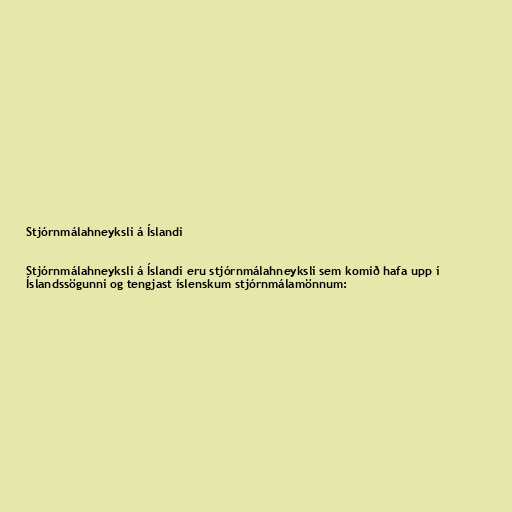
Stjórnmálahneyksli á Íslandi

Stjórnmálahneyksli á Íslandi eru stjórnmálahneyksli sem komið hafa upp í
Íslandssögunni og tengjast íslenskum stjórnmálamönnum: